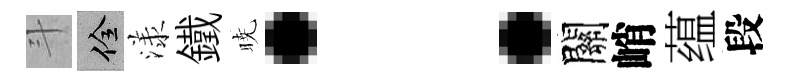
斗佺漾鐵暁：關峭蕴段